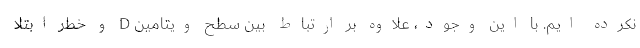
نکرده ایم. با این وجود، علاوه بر ارتباط بین سطح ویتامین D و خطر ابتلا